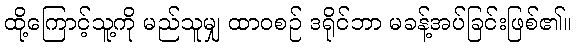
ထို့ကြောင့်သူ့ကို မည်သူမျှ ထာဝစဉ် ဒရိုင်ဘာ မခန့်အပ်ခြင်းဖြစ်၏။